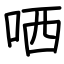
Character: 哂